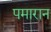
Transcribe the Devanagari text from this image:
पमारान